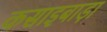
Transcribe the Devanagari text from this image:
कसाइबाड़ा